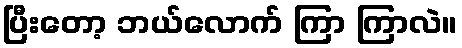
ပြီးတော့ ဘယ်လောက် ကြာ ကြာလဲ။